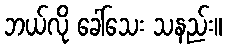
ဘယ်လို ခေါ်သေး သနည်း။